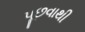
પૂછવાથી